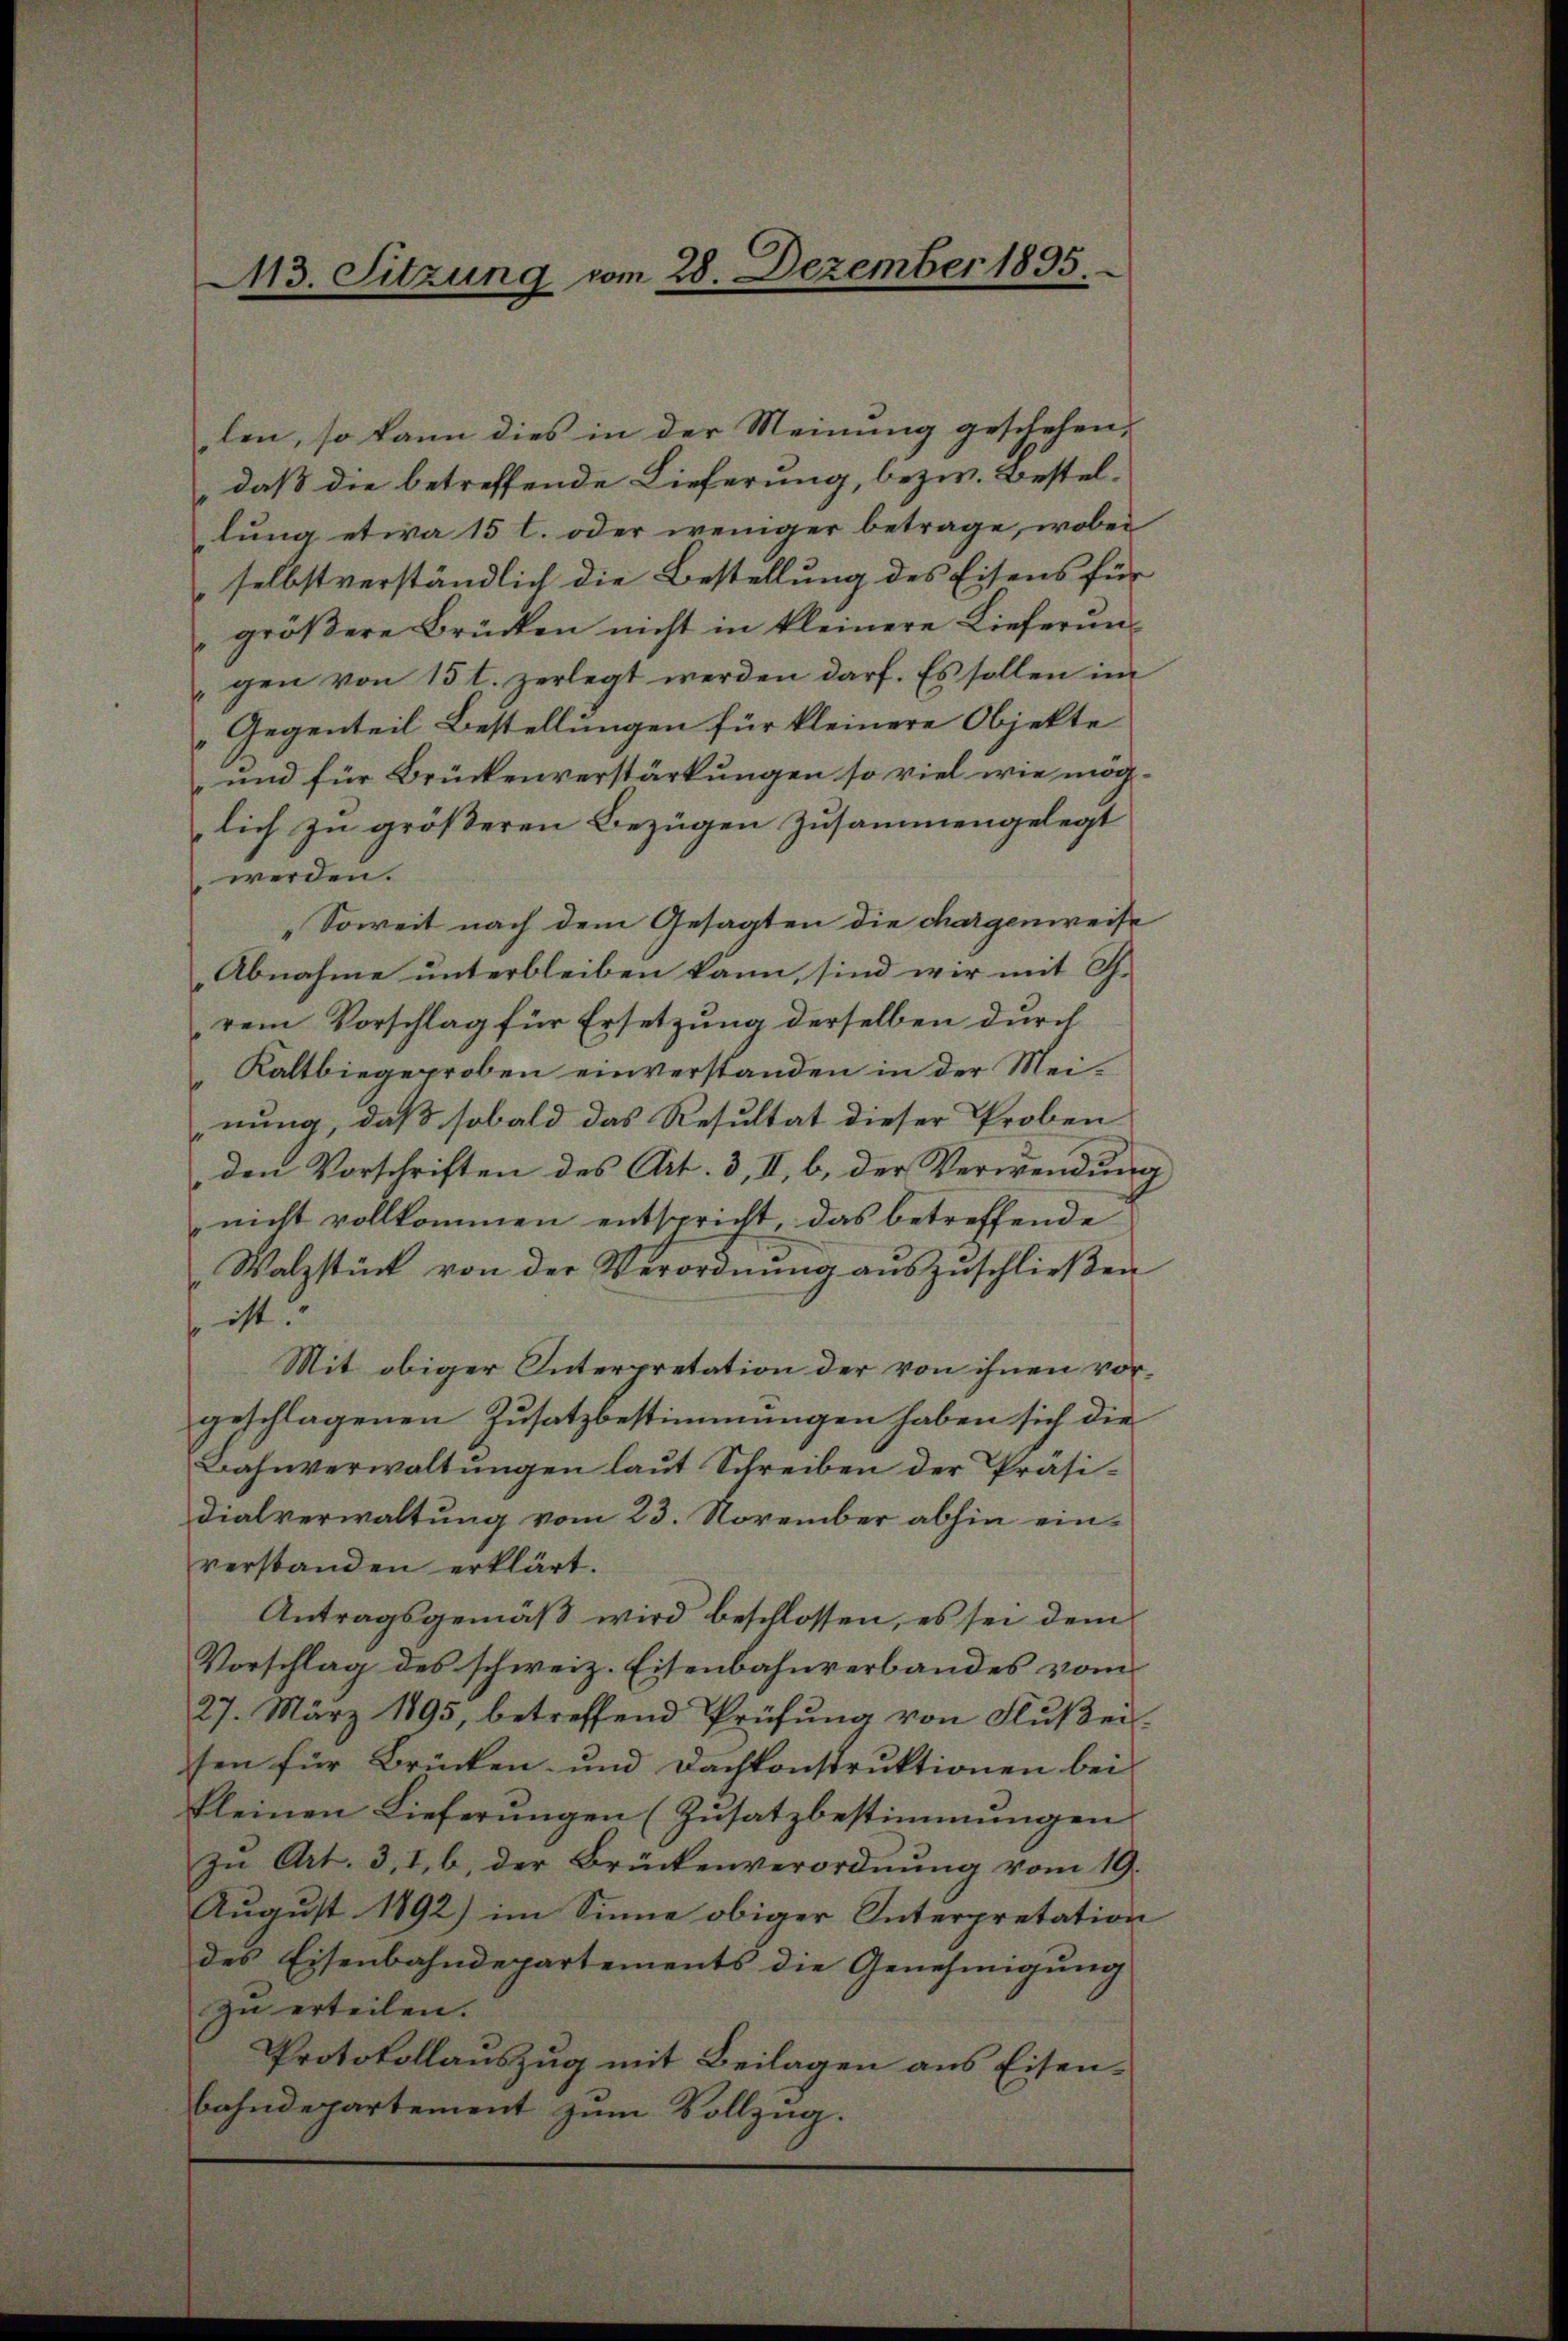
113. Sitzung vom 28. Dezember 1895.

len, so kann dies in der Meinung geschehen,
daß die betreffende Lieferung, bezw. Bestellung etwa 15 l. oder weniger betrage, wobei
selbstverständlich die Bestellung des Eisens für
"größere Brücken nicht in kleinere Lieferungen von 15 t. zerlegt werden darf. Es sollen im
Gegenteil Bestellungen für kleinere Objekte
und für Brückenverstärkungen so viel wie mög-
lich zu größeren Bezügen zusammengelegt
werden.
„Soweit nach dem Gesagten die chargenweise
Abnahme unterbleiben kann, sind wir mit Th.
rem Vorschlag für Ersetzung derselben durch
Kaltbiegeproben einverstanden in der Meinung, daß sobald das Resultat dieser Proben
den Vorschriften des Art. 3, II, b. der Verwendung
nicht vollkommen entspricht das betreffende
Walzstück von der Verordnŭng aŭszŭschlieβen
so ist.
Mit obiger Interpretation der von ihnen vorgeschlagenen Zusatzbestimmungen haben sich die
Bahnverwaltungen laut Schreiben der Präsidialverwaltung vom 23. November abhin einverstanden erklärt.
Antragsgemäß wird beschlossen, es sei dem
Vorschlag des schweiz. Eisenbahnverbandes vom
27. März 1895, betreffend Prüfŭng von Flŭβei-
sen für Brücken- und Dachkonstruktionen bei
kleinen Lieferungen (Zusatzbestimmungen
In Art. 3, I, b. der Brückenverordnung vom 19.
August 1892) im Sinne obiger Interpretation
des Eisenbahndepartements die Genehmigung
zu erteilen.
Protokollauszug mit Beilagen aus Eisen-
bahndepartement zum Vollzug.